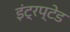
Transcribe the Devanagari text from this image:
इंट्रप्टेड